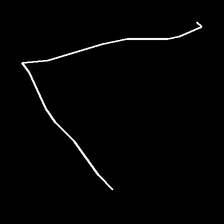
Glyph: region